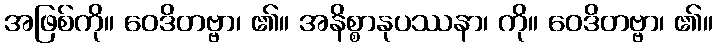
အဖြစ်ကို။ ဝေဒိတဗ္ဗာ၊ ၏။ အနိစ္စာနုပဿနာ၊ ကို။ ဝေဒိတဗ္ဗာ၊ ၏။